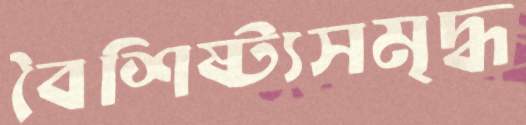
বৈশিষ্ট্যসমৃদ্ধ